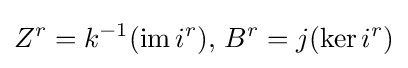
Z^{r}=k^{-1}(\operatorname {im} i^{r}),\,B^{r}=j(\operatorname {ker} i^{r})